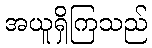
အယူရှိကြသည်